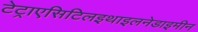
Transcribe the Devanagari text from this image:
टेट्राएसिटिलइथाइलनेडाइमीन